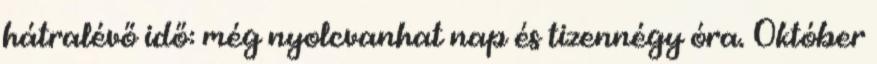
hátralévő idő: még nyolcvanhat nap és tizennégy óra. Október